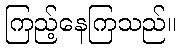
ကြည့်နေကြသည်။